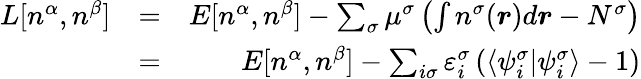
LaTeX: \begin{array}{rlr}{L[n^{\alpha},n^{\beta}]}&{=}&{E[n^{\alpha},n^{\beta}]-\sum_{\sigma}\mu^{\sigma}\left(\int n^{\sigma}(\boldsymbol{r})d\boldsymbol{r}-N^{\sigma}\right)}\\ &{=}&{E[n^{\alpha},n^{\beta}]-\sum_{i\sigma}\varepsilon_{i}^{\sigma}\left(\langle\psi_{i}^{\sigma}|\psi_{i}^{\sigma}\rangle-1\right)}\end{array}